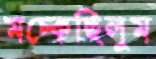
মচ্‌কেছিলুম